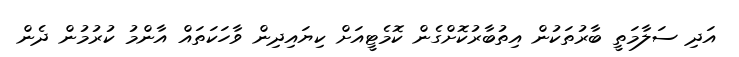
އަދި ސަލާމަތީ ބާރުތަކުން އިތުބާރުކޮށްގެން ކޮމެޓީއަށް ކިޔައިދިން ވާހަކަތައް އާންމު ކުރުމުން ދެން